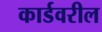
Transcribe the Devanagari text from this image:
कार्डवरील